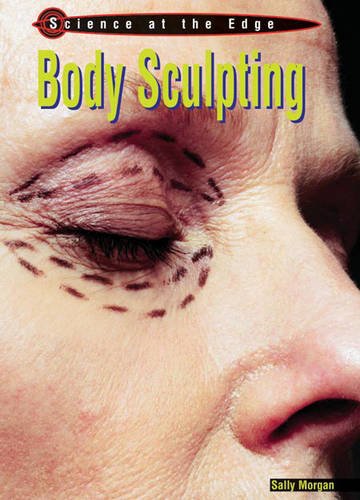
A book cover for Body Sculpting (Science at the Edge); Teen & Young Adult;